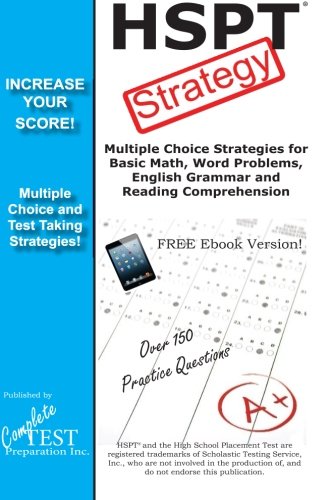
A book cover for HSPT Strategy: Winning Multiple Choice Strategies for the HSPT Test; Complete Test Preparation Inc.; Test Preparation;